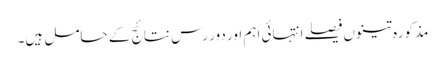
مذکورہ تینوں فیصلے انتہائی اہم اور دور رس نتائج کے حامل ہیں۔